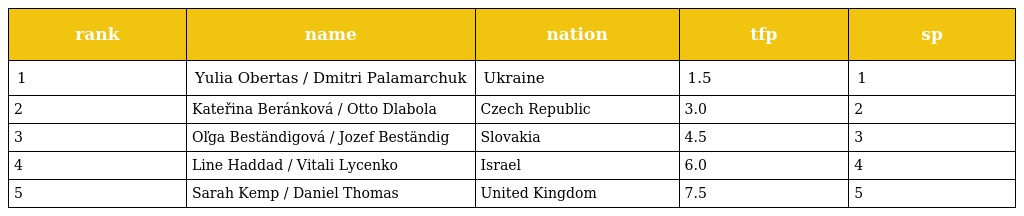
| rank | name | nation | tfp | sp |
 | --- | --- | --- | --- | --- |
 | 1 | Yulia Obertas / Dmitri Palamarchuk | Ukraine | 1.5 | 1 |
 | 2 | Kateřina Beránková / Otto Dlabola | Czech Republic | 3.0 | 2 |
 | 3 | Oľga Beständigová / Jozef Beständig | Slovakia | 4.5 | 3 |
 | 4 | Line Haddad / Vitali Lycenko | Israel | 6.0 | 4 |
 | 5 | Sarah Kemp / Daniel Thomas | United Kingdom | 7.5 | 5 |